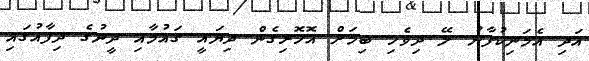
އަދި އެމަނިކުފާނު ލޭ ދިވެހި ބިމަށް އޮހޮރިގެން ދިޔައީ ގައުމާއި ދީނުގެ ދިފާއުގައި